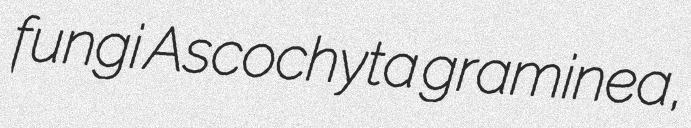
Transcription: fungi Ascochyta graminea,